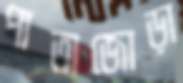
পাতাজোড়া